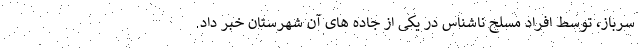
سرباز، توسط افراد مسلح ناشناس در یکی از جاده های آن شهرستان خبر داد.